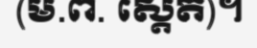
(ម.ព. ស្តេត)។